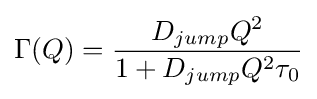
\Gamma (Q)={\frac {D_{jump}Q^{2}}{1+D_{jump}Q^{2}\tau _{0}}}